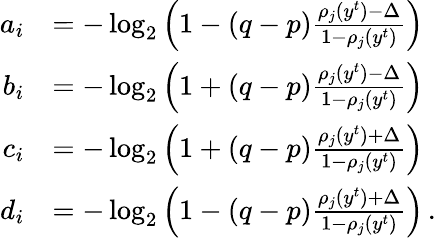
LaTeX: \begin{array}{rl}{a_{i}}&{=-\log_{2}\left(1-(q-p)\frac{\rho_{j}(y^{t})-\Delta}{1-\rho_{j}(y^{t})}\right)}\\ {b_{i}}&{=-\log_{2}\left(1+(q-p)\frac{\rho_{j}(y^{t})-\Delta}{1-\rho_{j}(y^{t})}\right)}\\ {c_{i}}&{=-\log_{2}\left(1+(q-p)\frac{\rho_{j}(y^{t})+\Delta}{1-\rho_{j}(y^{t})}\right)}\\ {d_{i}}&{=-\log_{2}\left(1-(q-p)\frac{\rho_{j}(y^{t})+\Delta}{1-\rho_{j}(y^{t})}\right)\, .}\end{array}